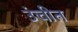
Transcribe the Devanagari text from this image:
उंचीत